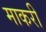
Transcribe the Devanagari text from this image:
माकरी